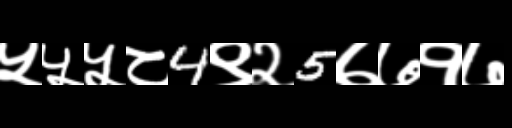
Text: ५५५८4९२5७७१७